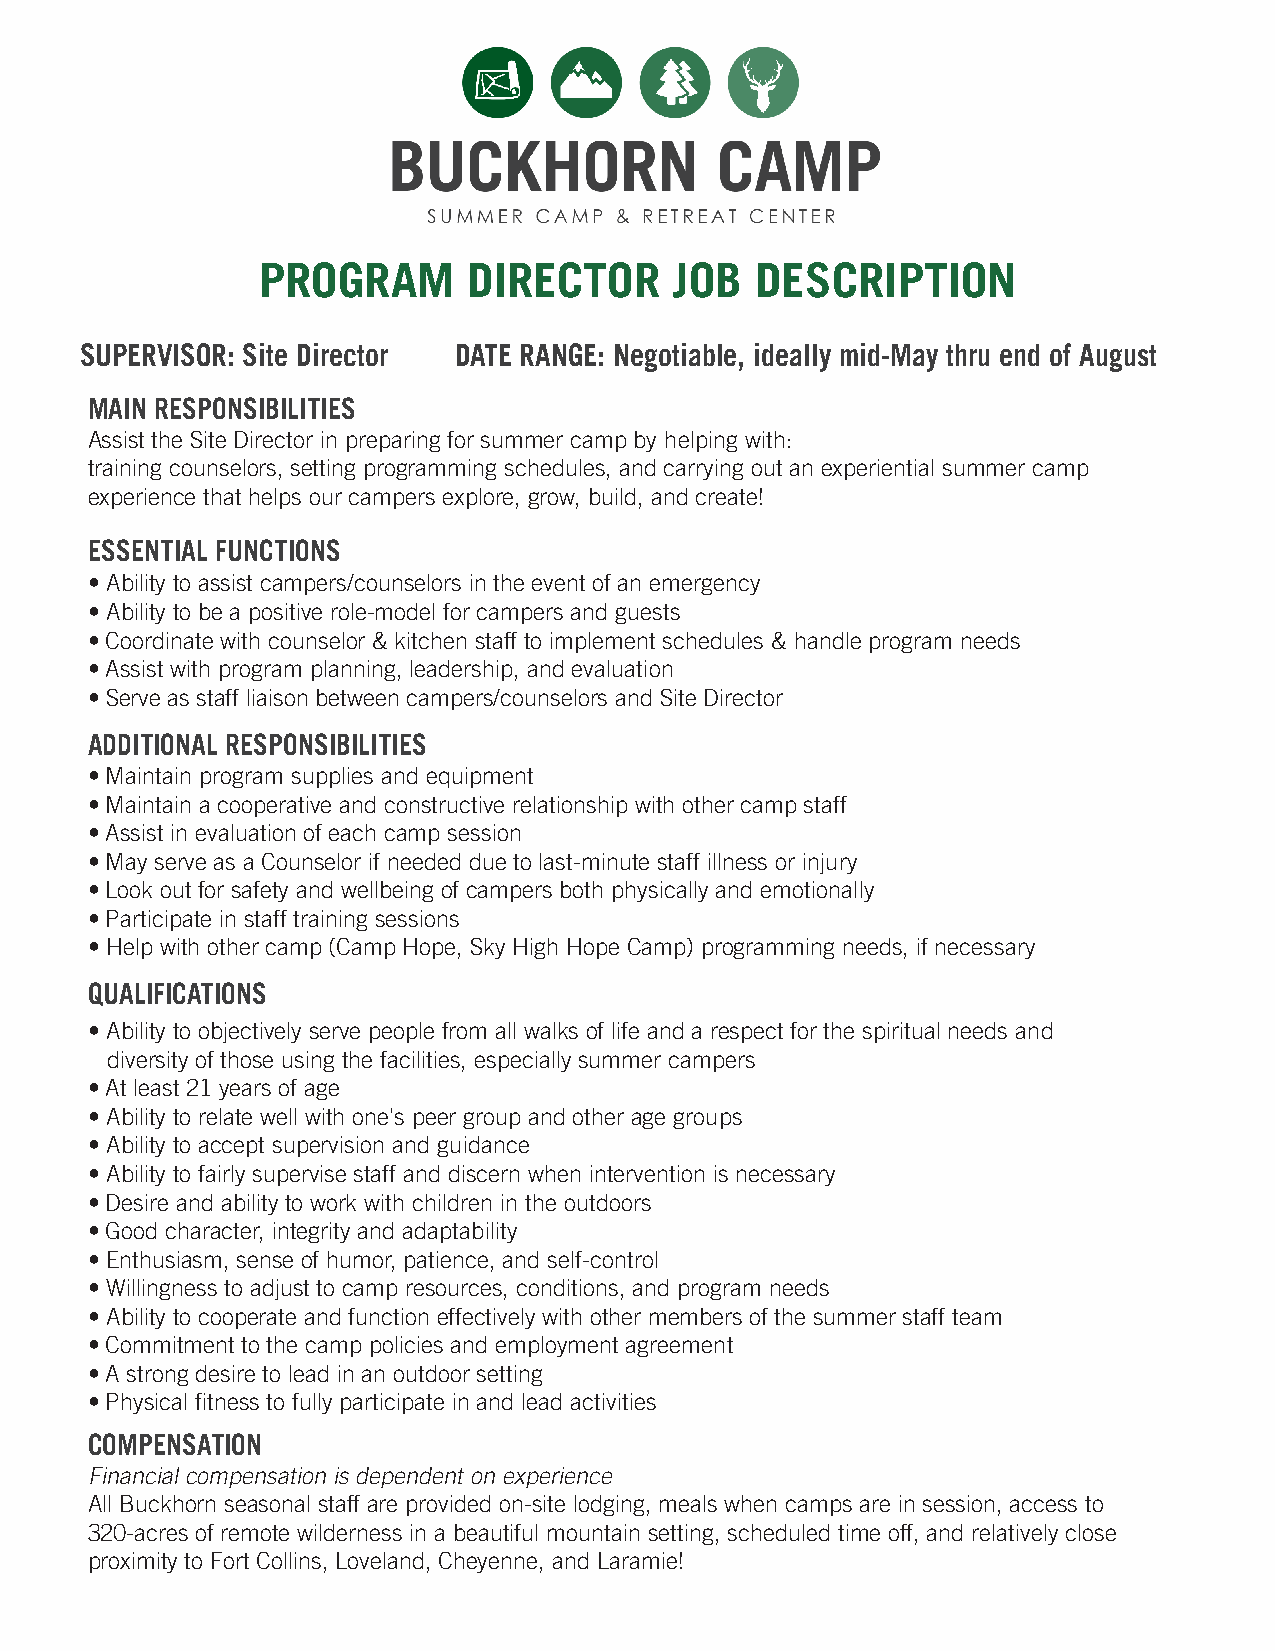
PROGRAM       DIRECTOR      JOB  DESCRIPTION
 SUPERVISOR: Site Director DATE RANGE: Negotiable, ideally mid-May thru end of August
 MAIN RESPONSIBILITIES
 Assist the Site Director in preparing for summer camp by helping with:
 training counselors, setting programming schedules, and carrying out an experiential summer camp
 experience that helps our campers explore, grow, build, and create!
 ESSENTIAL FUNCTIONS
 • Ability to assist campers/counselors in the event of an emergency
 • Ability to be a positive role-model for campers and guests
 • Coordinate with counselor & kitchen staff to implement schedules & handle program needs
 • Assist with program planning, leadership, and evaluation
 • Serve as staff liaison between campers/counselors and Site Director
 ADDITIONAL RESPONSIBILITIES
 • Maintain program supplies and equipment
 • Maintain a cooperative and constructive relationship with other camp staff
 • Assist in evaluation of each camp session
 • May serve as a Counselor if needed due to last-minute staff illness or injury
 • Look out for safety and wellbeing of campers both physically and emotionally
 • Participate in staff training sessions
 • Help with other camp (Camp Hope, Sky High Hope Camp) programming needs, if necessary
 QUALIFICATIONS
 • Ability to objectively serve people from all walks of life and a respect for the spiritual needs and
 diversity of those using the facilities, especially summer campers
 • At least 21 years of age
 • Ability to relate well with one's peer group and other age groups
 • Ability to accept supervision and guidance
 • Ability to fairly supervise staff and discern when intervention is necessary
 • Desire and ability to work with children in the outdoors
 • Good character, integrity and adaptability
 • Enthusiasm, sense of humor, patience, and self-control
 • Willingness to adjust to camp resources, conditions, and program needs
 • Ability to cooperate and function effectively with other members of the summer staff team
 • Commitment to the camp policies and employment agreement
 • A strong desire to lead in an outdoor setting
 • Physical fitness to fully participate in and lead activities
 COMPENSATION
 Financial compensation is dependent on experience
 All Buckhorn seasonal staff are provided on-site lodging, meals when camps are in session, access to
 320-acres of remote wilderness in a beautiful mountain setting, scheduled time off, and relatively close
 proximity to Fort Collins, Loveland, Cheyenne, and Laramie!